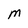
Character: M